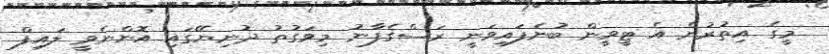
މީގެ އިތުރުން އެ ޓީވީން ބުނެފައިވަނީ ރަސްގެފާނު މިވަގުތު ދުނިޔޭގައި އޮންނެވީ ލައިފް